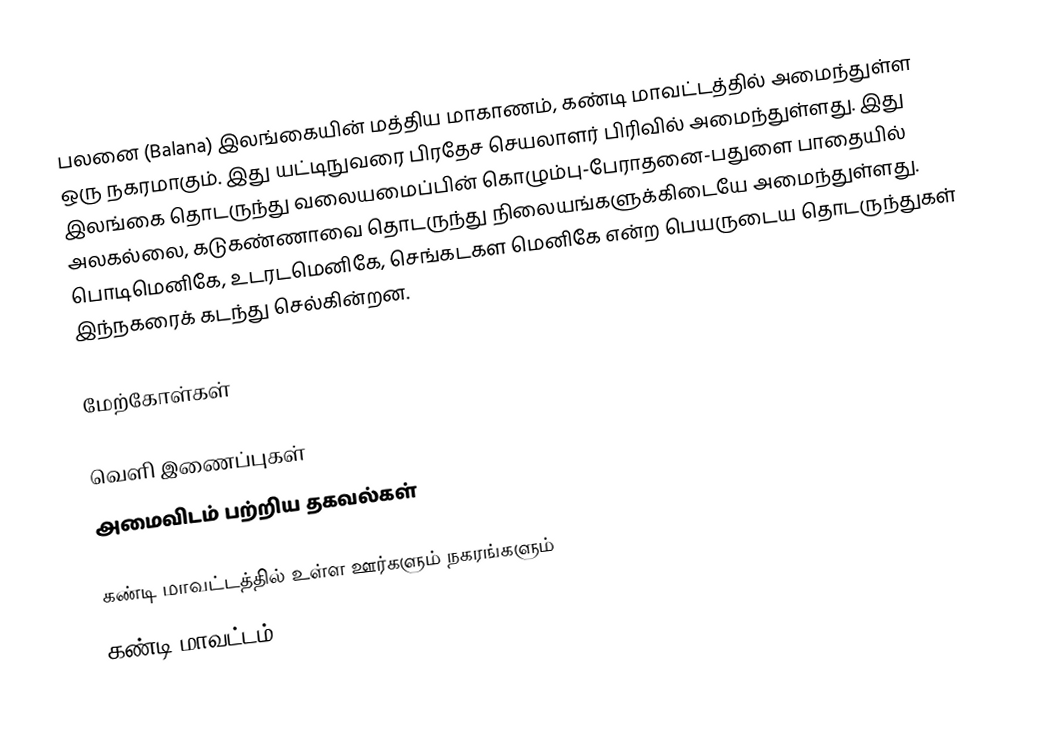
பலனை (Balana) இலங்கையின்  மத்திய மாகாணம், கண்டி மாவட்டத்தில் அமைந்துள்ள ஒரு நகரமாகும். இது யட்டிநுவரை பிரதேச செயலாளர் பிரிவில் அமைந்துள்ளது. இது இலங்கை தொடருந்து வலையமைப்பின் கொழும்பு-பேராதனை-பதுளை பாதையில் அலகல்லை, கடுகண்ணாவை தொடருந்து நிலையங்களுக்கிடையே அமைந்துள்ளது. பொடிமெனிகே,   உடரடமெனிகே, செங்கடகள மெனிகே என்ற பெயருடைய தொடருந்துகள் இந்நகரைக் கடந்து செல்கின்றன.

மேற்கோள்கள்

வெளி இணைப்புகள்
அமைவிடம் பற்றிய தகவல்கள்

கண்டி மாவட்டத்தில் உள்ள ஊர்களும் நகரங்களும்
கண்டி மாவட்டம்